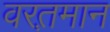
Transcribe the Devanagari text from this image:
वरत़़मान